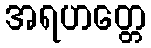
အရဟတ္တေ